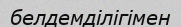
белдемділігімен